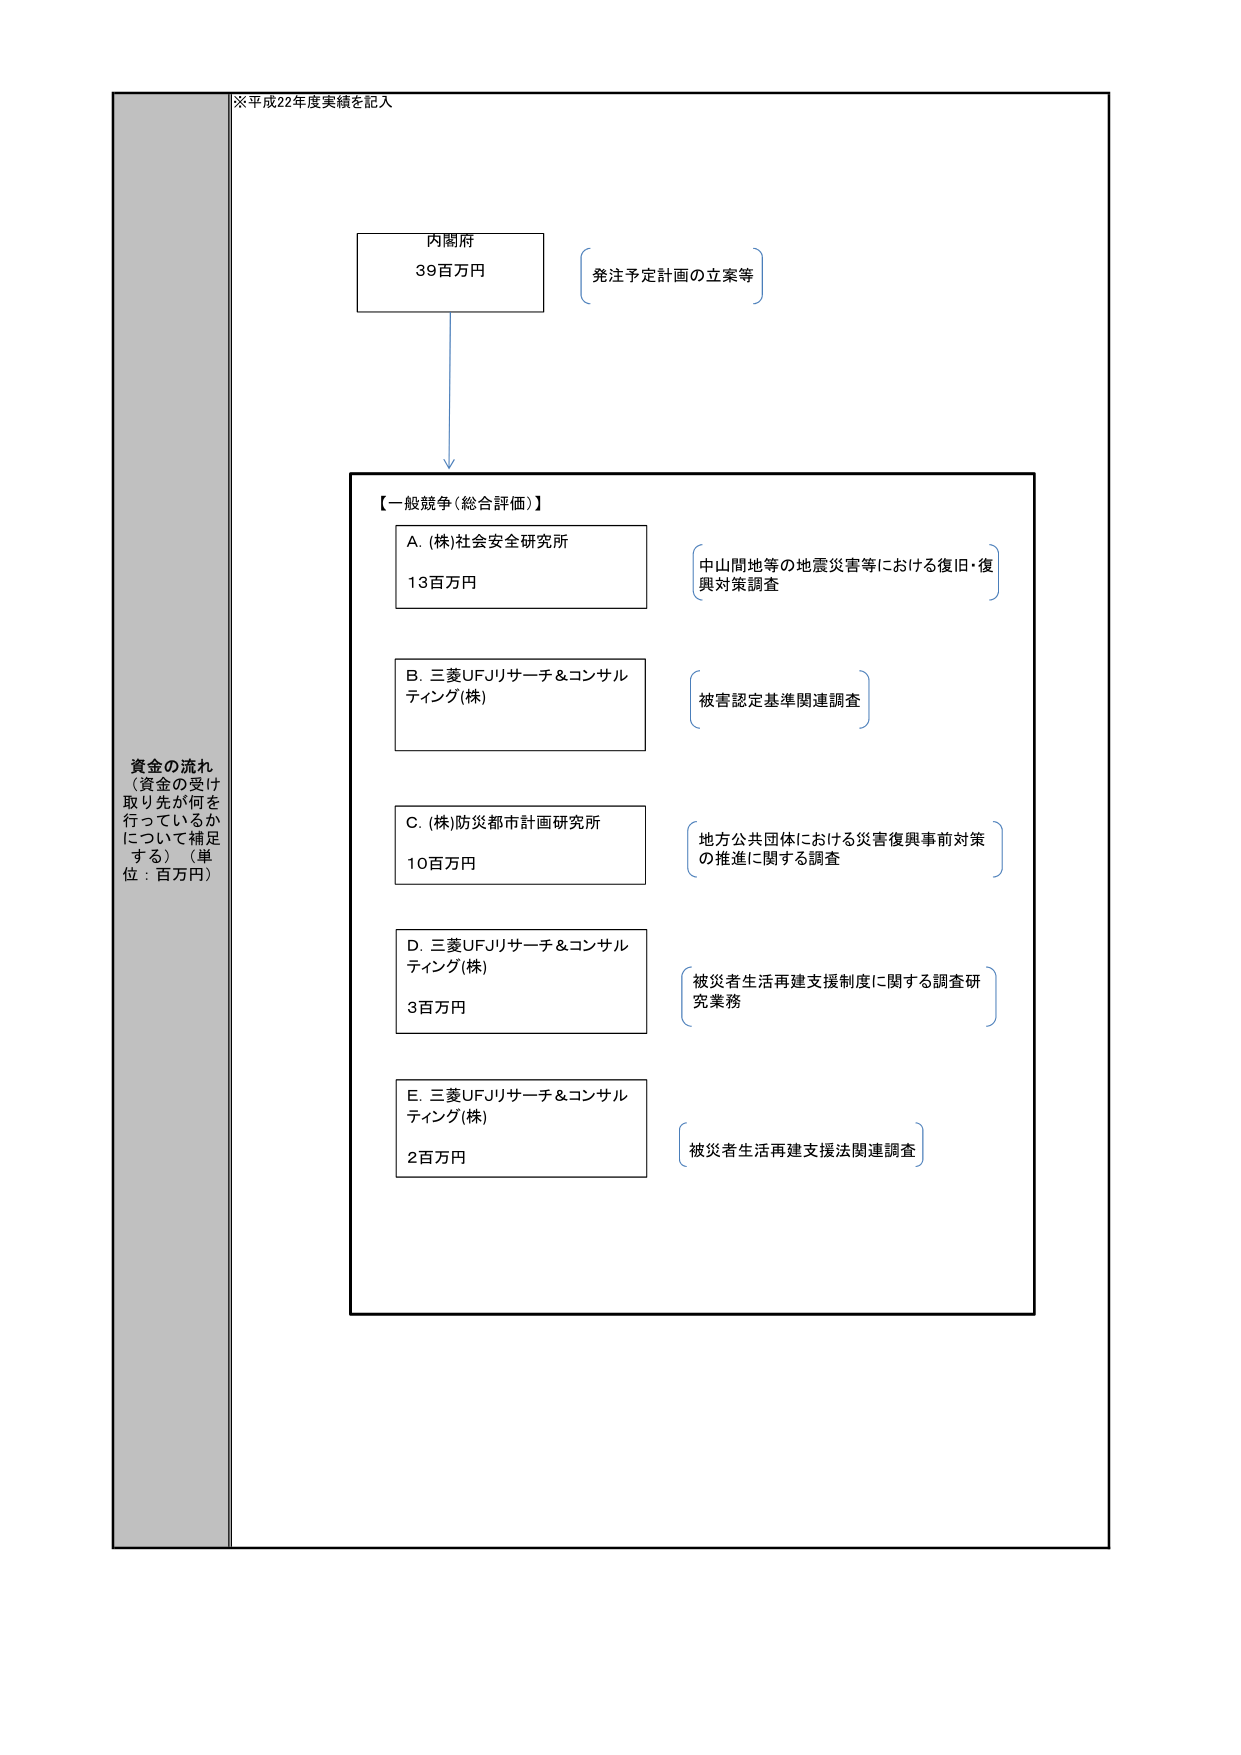
※平成22年度実績を記入

内閣府
39百万円
発注予定計画の立案等

【一般競争（総合評価）】

A. (株)社会安全研究所
13百万円
中山間地等の地震災害等における復旧・復興対策調査

B. 三菱UFJリサーチ＆コンサルティング(株)
被害認定基準関連調査

C. (株)防災都市計画研究所
10百万円
地方公共団体における災害復興事前対策の推進に関する調査

D. 三菱UFJリサーチ＆コンサルティング(株)
3百万円
被災者生活再建支援制度に関する調査研究業務

E. 三菱UFJリサーチ＆コンサルティング(株)
2百万円
被災者生活再建支援法関連調査

資金の流れ
（資金の受け取り先が何を行っているかについて補足する）（単位：百万円）